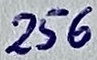
Text: 256